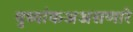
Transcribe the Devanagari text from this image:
बुध्यांकअअसणारे